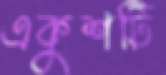
একুশটি